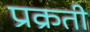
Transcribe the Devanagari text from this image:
प्रक्रती